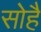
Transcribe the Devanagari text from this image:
सोहै